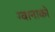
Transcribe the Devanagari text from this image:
ग्वानाको